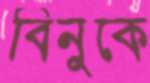
বিনুকে